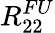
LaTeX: R_{22}^{FU}